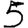
Digit: 5